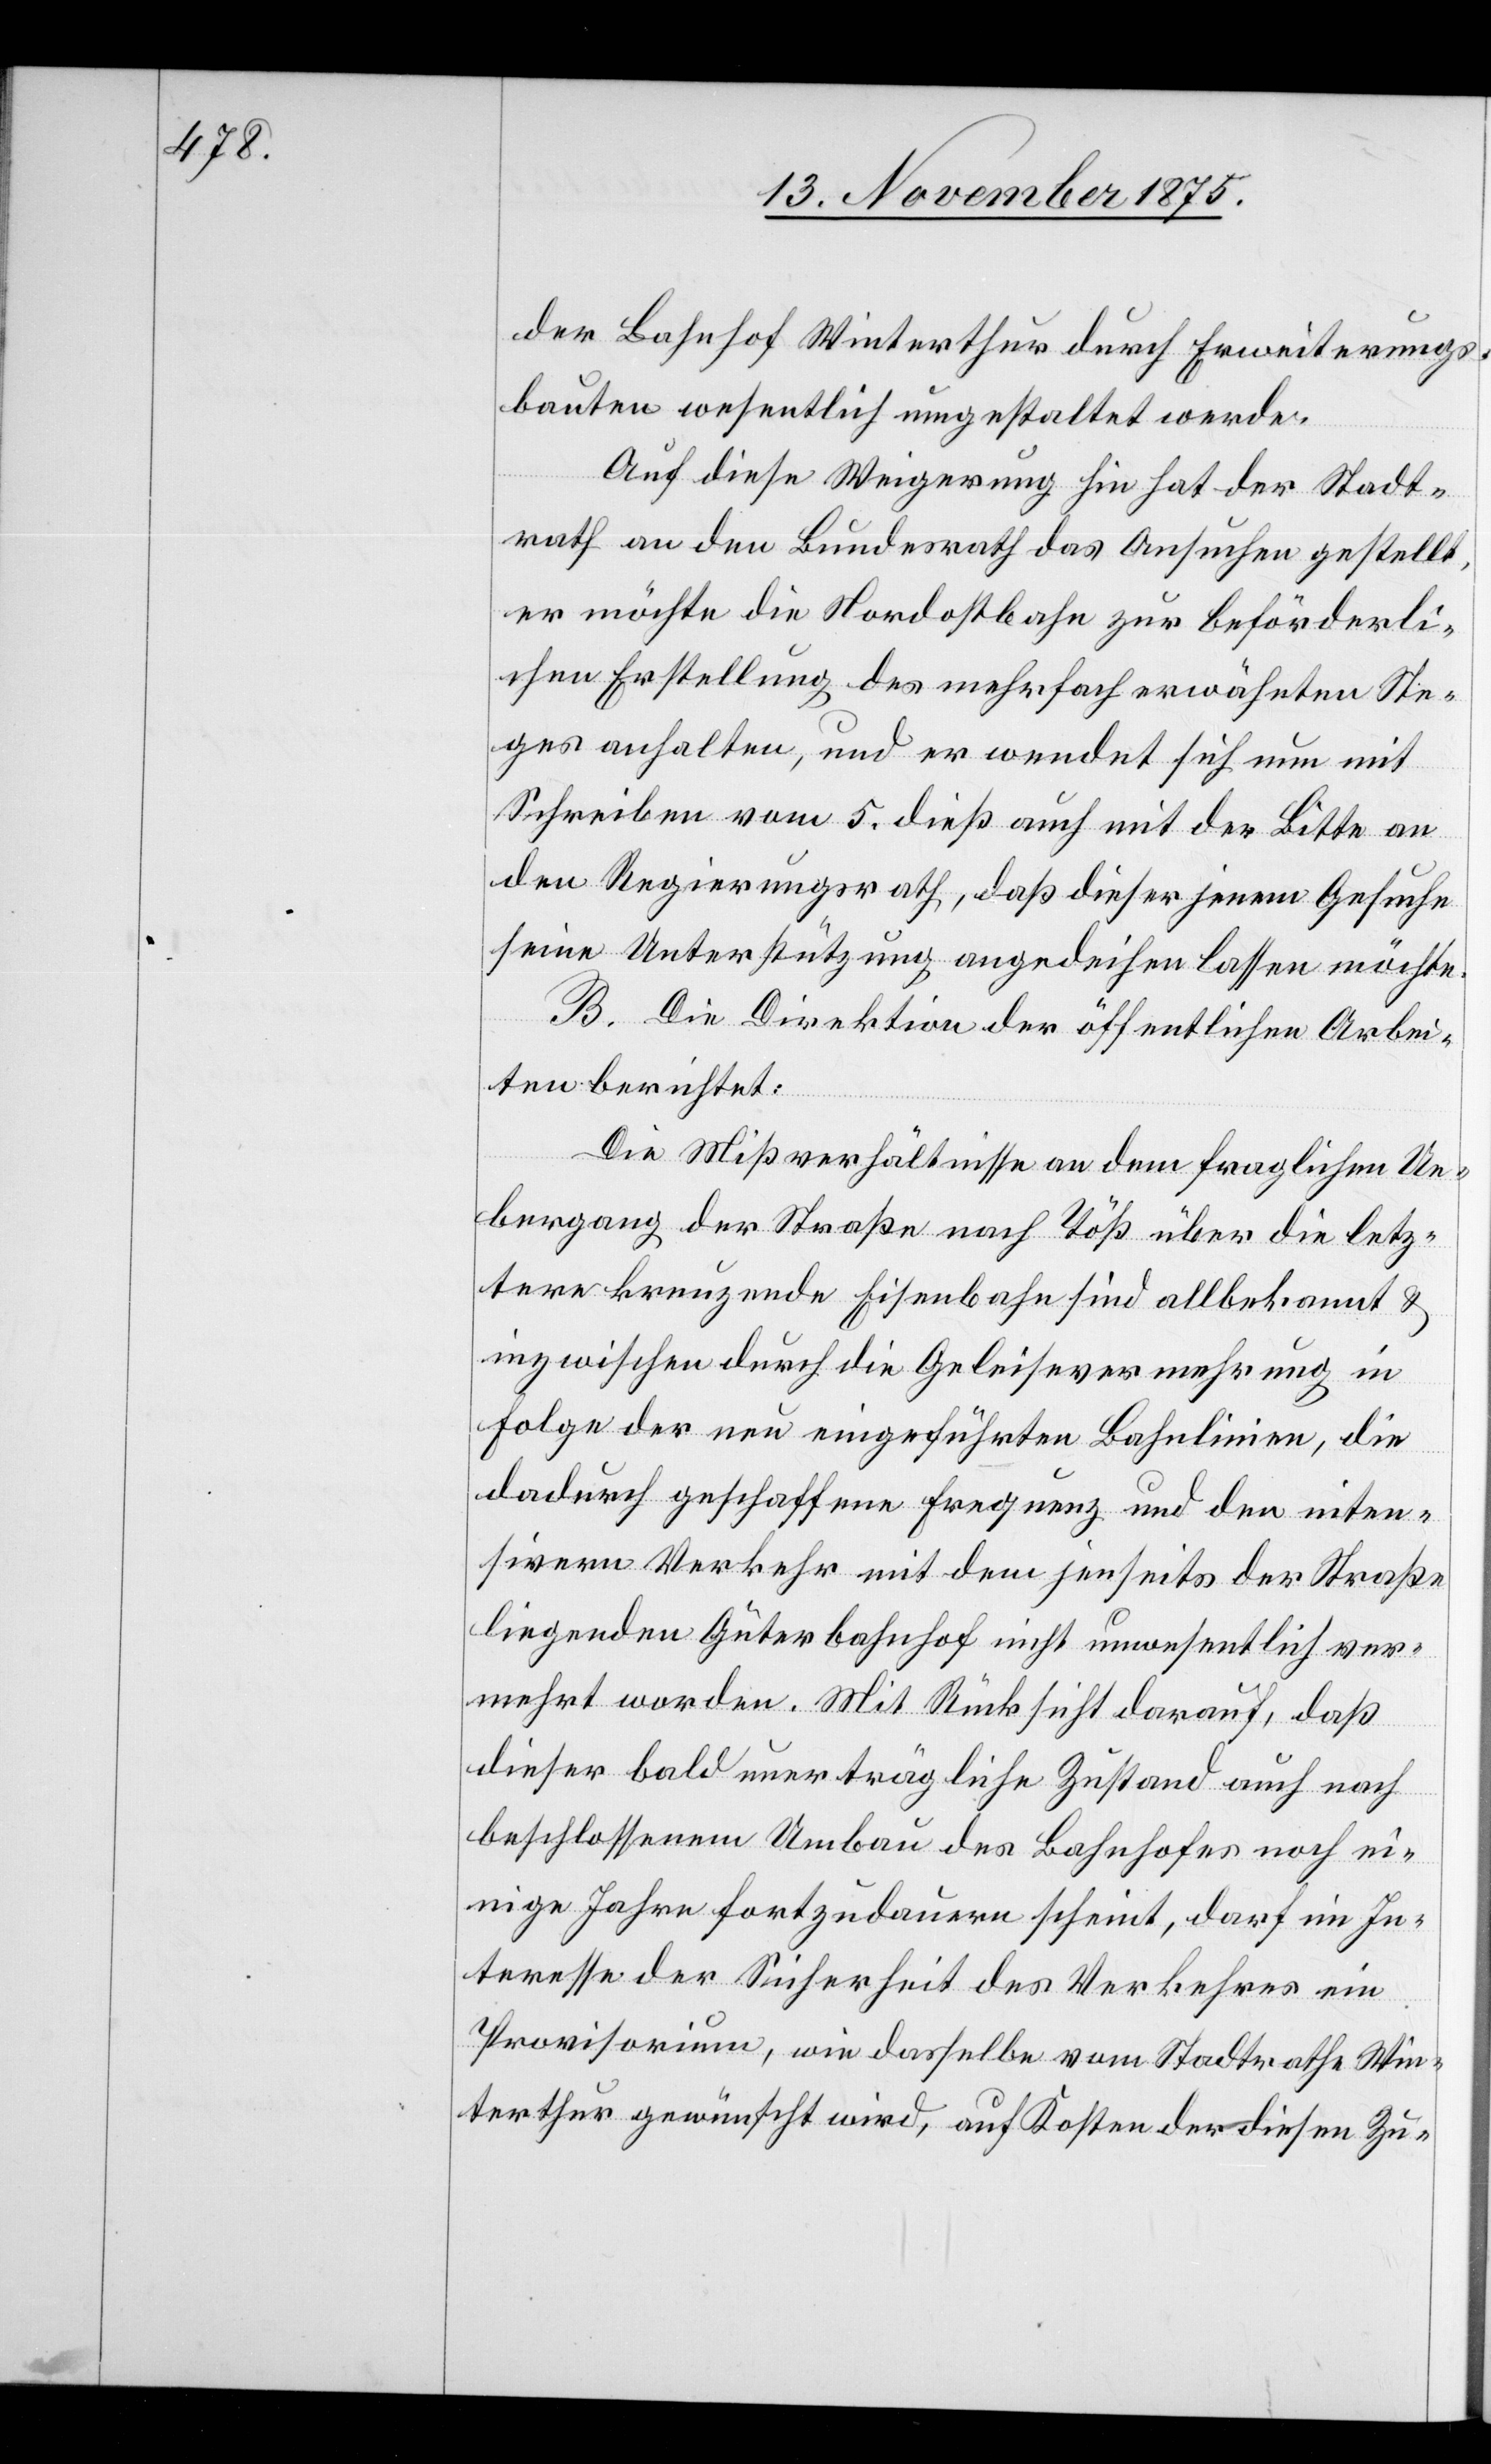
der Bahnhof Winterthur durch Erweiterungs¬
bauten wesentlich umgestaltet werde.
Auf diese Weigerung hin hat der Stadt¬
rath an den Bundesrath das Ansuchen gestellt,
er möchte die Nordostbahn zur beförderli¬
chen Erstellung des mehrfach erwähnten Ste¬
ges anhalten, und er wendet sich nun mit
Schreiben vom 5. dieß auch mit der Bitte an
den Regierungsrath, daß dieser jenem Gesuche
seine Unterstützung angedeihen lassen möchte.
B. Die Direktion der öffentlichen Arbei¬
ten berichtet:
Die Mißverhältnisse an dem fraglichen Ue¬
bergang der Straße nach Töß über die letz¬
tere kreuzende Eisenbahn sind allbekannt &
inzwischen durch die Geleisevermehrung in
Folge der neu eingeführten Bahnlinien, die
dadurch geschaffene Frequenz und den inten¬
siven Verkehr mit dem jenseits der Straße
liegenden Güterbahnhof nicht unwesentlich ver¬
mehrt worden. Mit Rücksicht drauf, daß
dieser bald unerträgliche Zustand auch nach
beschlossenem Umbau des Bahnhofes noch ei¬
nige Jahre fortzudauern scheint, darf im In¬
teresse der Sicherheit des Verkehres ein
Provisorium, wie dasselbe vom Stadtrathe Win¬
terthur gewünscht wird, auf Kosten der diesen Zu-